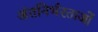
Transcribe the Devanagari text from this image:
अंतनिर्भरताओं